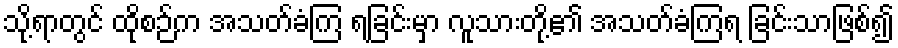
သို့ရာတွင် ထိုစဉ်က အသတ်ခံကြ ရခြင်းမှာ လူသားတို့၏ အသတ်ခံကြရ ခြင်းသာဖြစ်၍